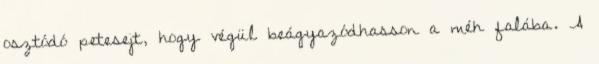
osztódó petesejt, hogy végül beágyazódhasson a méh falába. A